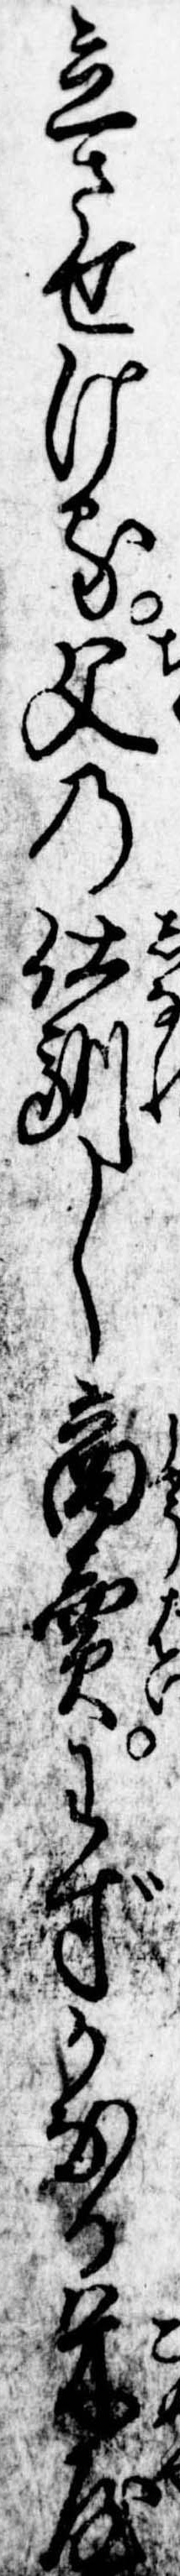
立させける父の仕馴し商売わずかなる米屋